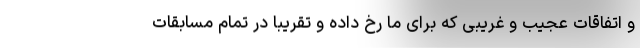
و اتفاقات عجیب و غریبی که برای ما رخ داده و تقریبا در تمام مسابقات